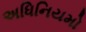
અધિનિયમો